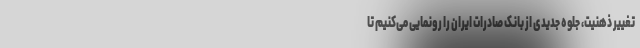
تغییر ذهنیت، جلوه جدیدی از بانک صادرات ایران را رونمایی می‌کنیم تا